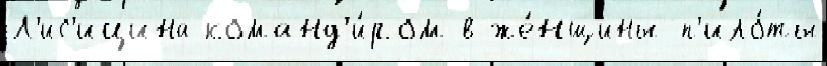
Л'ис'ицина команд'и́ром в же́нщины-п'ило́ты